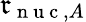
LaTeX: \mathfrak{r}_{\mathrm{{~n~u~c~}},A}